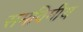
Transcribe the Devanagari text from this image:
समविमीय